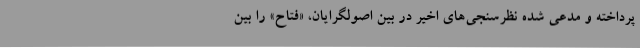
پرداخته و مدعی شده نظرسنجی‌های اخیر در بین اصولگرایان، «فتاح» را بین